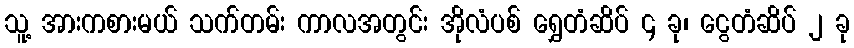
သူ့ အားကစားမယ် သက်တမ်း ကာလအတွင်း အိုလံပစ် ရွှေတံဆိပ် ၄ ခု၊ ငွေတံဆိပ် ၂ ခု